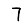
Digit: 7